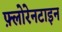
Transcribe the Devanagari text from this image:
फ़्लोरेनटाइन